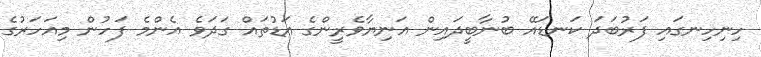
ހިނިހިނގައި ފަރުބަދަ ކަނޑައޭ ބުނާބީދައިން އަނިޔާވެރީންގެ އަޑުތައް ގަދަވެ އެންމެ ފަހުން މިއަހަރުގެ